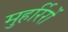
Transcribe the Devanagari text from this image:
मुहर्रिरों